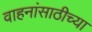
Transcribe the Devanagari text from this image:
वाहनांसाठीच्या